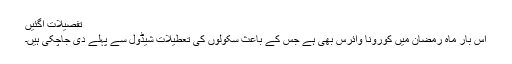
تفصیلات آگئیں
اس بار ماہِ رمضان میں کورونا وائرس بھی ہے جس کے باعث سکولوں کی تعطیلات شیڈول سے پہلے دی جاچکی ہیں۔